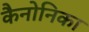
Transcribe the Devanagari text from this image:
कैनोनिका